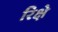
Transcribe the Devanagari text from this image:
रिक्षे